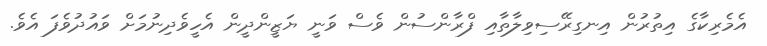
އެމެރިކާގެ އިތުރުން އިނގިރޭސިވިލާތާއި ފްރާންސުން ވެސް ވަނީ ޔަޒީންދީން އެހީވެދިނުމަށް ވައުދުވެފަ އެވެ.